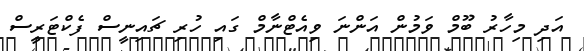
އަދި މިހާރު ބޫމް ވަމުން އަންނަ ވިއެޓްނާމް ގައި ހުރި ޗައިނީސް ފެކްޓަރީސް